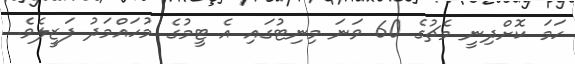
ހަމަ ކޮށްދިނީ މެޗުގެ 60 ވަނަ މިނިޓުގައި އެ ޓީމުގެ މުހައްމަދު ފަޒީލެވެ.